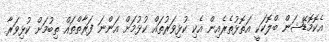
އެކޮމޮޑޭޝަން ބްލޮކަކީ އަތޮޅުތެރެއިން އެކި ކުޅިވަރުތައް ކުޅުމަށް އަންނަ ފަރާތްތައް ތިބުމަށް ކުޅިވަރާ